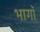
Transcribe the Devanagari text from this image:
भागॉ